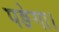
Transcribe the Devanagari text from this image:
पङेगा।